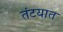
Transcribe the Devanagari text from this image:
तंटयात